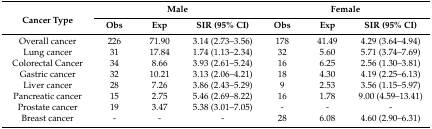
| <ROWSPAN=2> Cancer Type | <COLSPAN=3> Male | <COLSPAN=3> Female |
 | Obs | Exp | SIR (95% CI) | Obs | Exp | SIR (95% CI) |
 | --- | --- | --- | --- | --- | --- | --- |
 | Overall cancer | 226 | 71.90 | 3.14 (2.73–3.56) | 178 | 41.49 | 4.29 (3.64–4.94) |
 | Lung cancer | 31 | 17.84 | 1.74 (1.13–2.34) | 32 | 5.60 | 5.71 (3.74–7.69) |
 | Colorectal Cancer | 34 | 8.66 | 3.93 (2.61–5.24) | 16 | 6.25 | 2.56 (1.30–3.81) |
 | Gastric cancer | 32 | 10.21 | 3.13 (2.06–4.21) | 18 | 4.30 | 4.19 (2.25–6.13) |
 | Liver cancer | 28 | 7.26 | 3.86 (2.43–5.29) | 9 | 2.53 | 3.56 (1.15–5.97) |
 | Pancreatic cancer | 15 | 2.75 | 5.46 (2.69–8.22) | 16 | 1.78 | 9.00 (4.59–13.41) |
 | Prostate cancer | 19 | 3.47 | 5.38 (3.01–7.05) | - | - | - |
 | Breast cancer | - | - | - | 28 | 6.08 | 4.60 (2.90–6.31) |